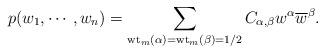
LaTeX: \begin{align*}p(w_1,\cdots, w_{n}) = \sum_{\textrm{wt}_{m}(\alpha)=\textrm{wt}_{m}(\beta)=1/2} C_{\alpha,\beta}w^{\alpha}\overline{w}^{\beta}.\end{align*}